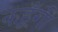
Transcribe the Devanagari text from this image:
कहूँगी